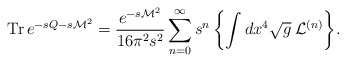
\begin{align*}{\rm Tr}\,e^{-sQ-s{\cal M}^2}= \frac{e^{-s{\cal M}^2}}{16\pi^2 s^2}\sum^{\infty}_{n=0} s^n\, \biggl\{\int dx^4 \sqrt{g}\: {\cal L}^{(n)}\biggr\}.\end{align*}